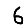
Digit: 6